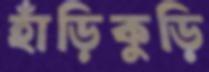
হাঁড়িকুড়ি